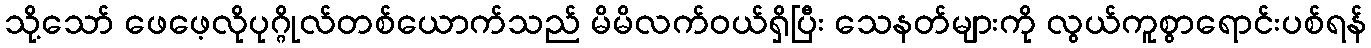
သို့သော် ဖေဖေ့လိုပုဂ္ဂိုလ်တစ်ယောက်သည် မိမိလက်ဝယ်ရှိပြီး သေနတ်များကို လွယ်ကူစွာရောင်းပစ်ရန်